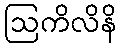
ဩကိလိနိ